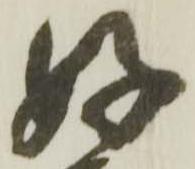
好